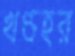
খণ্ডহর